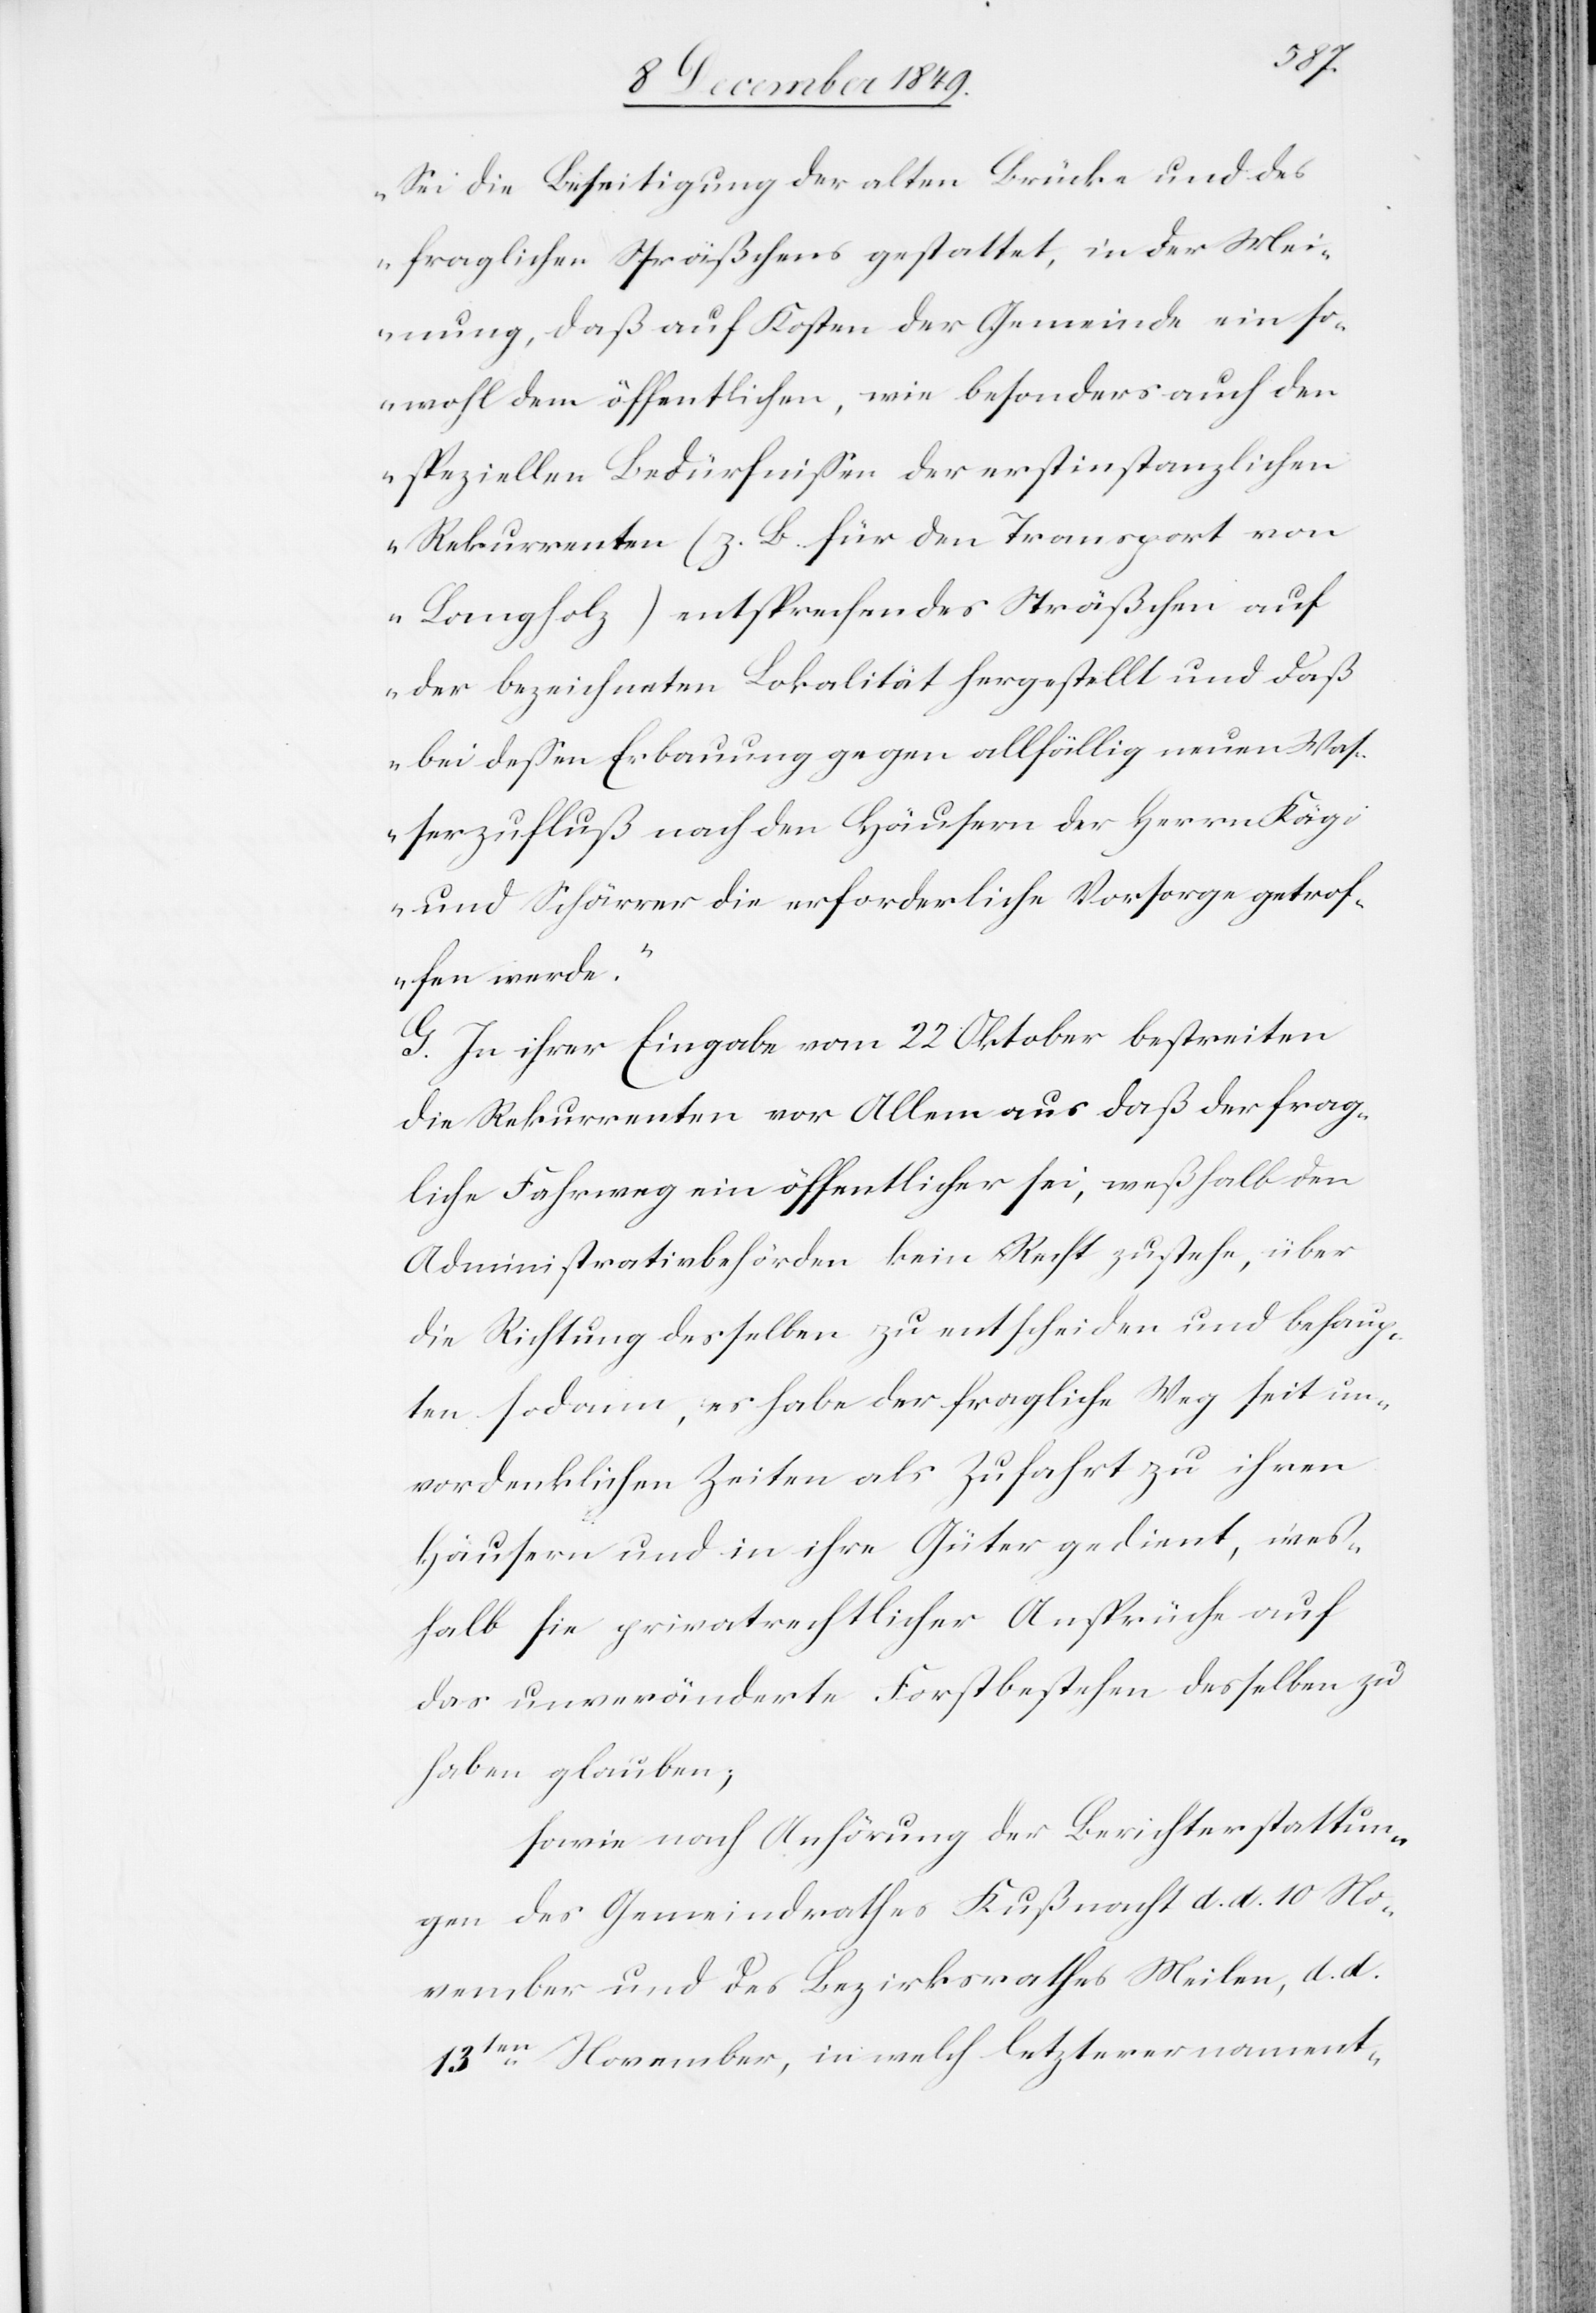
„Sei die Beseitigung der alten Brücke und des
fraglichen Sträßchens gestattet, in der Mei¬
nung, daß auf Kosten der Gemeinde ein so¬
wohl dem öffentlichen, wie besonders auch den
speziellen Bedürfnißen der erstinstanzlichen
Rekurrenten (z. B. für den Transport von
Langholz) entsprechendes Sträßchen auf
der bezeichneten Lokalität hergestellt und daß
bei deßen Erbauung gegen allfällig neuen Waß¬
erzufluß nach den Häusern der Herrn Kägi
und Schärrer die erforderliche Vorsorge getrof¬
fen werde.“
G. In ihrer Eingabe vom 22 Oktober bestreiten
die Rekurrenten vor Allem aus daß der frag¬
liche Fahrweg ein öffentlicher sei, weßhalb den
Administrativbehörden kein Recht zustehe, über
die Richtung desselben zu entscheiden und behaup¬
ten sodann, es habe der fragliche Weg seit un¬
vordenklichen Zeiten als Zufahrt zu ihren
Häusern und in ihre Güter gedient, wes¬
halb sie privatrechtlicher Ansprüche auf
das unveränderte Fortbestehen desselben zu
haben glauben;
sowie nach Anhörung der Berichterstattun¬
g des Gemeindrathes Kußnacht [sic!] d. d. 10 No¬
vember und des Bezirksrathes Meilen, d. d.
13ten November, in welch letzterer nament-